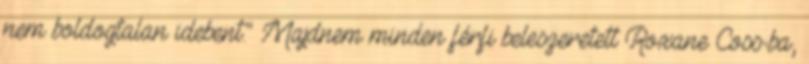
nem boldogtalan idebent." Majdnem minden férfi beleszeretett Roxane Coss-ba,